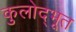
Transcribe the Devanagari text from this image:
कुलोद्‌भूत